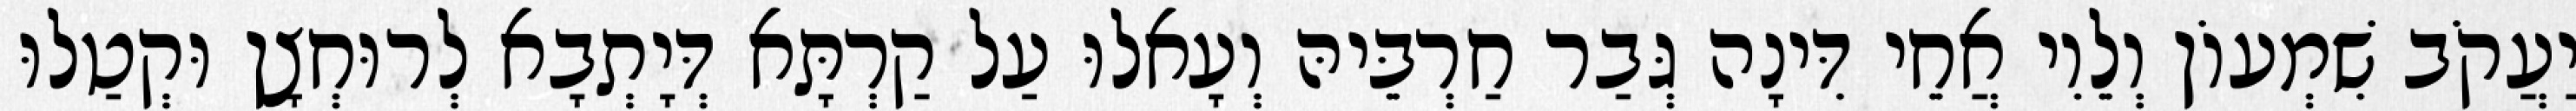
יַעֲקֹב שִׁמְעוֹן וְלֵוִי אֲחֵי דִּינָה גְּבַר חַרְבֵּיהּ וְעָאלוּ עַל קַרְתָּא דְּיָתְבָא לְרוּחְצָן וּקְטַלוּ